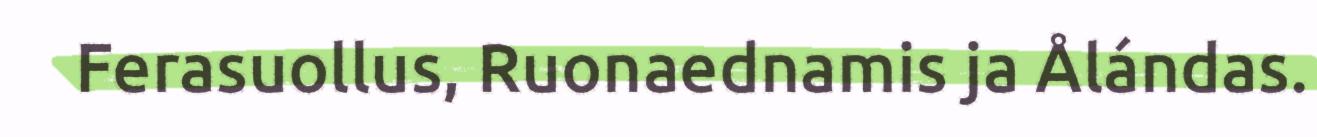
Ferasuollus, Ruonaednamis ja Ålándas.